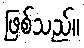
ဖြစ်သည်။